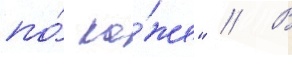
по́ ко́же" // В